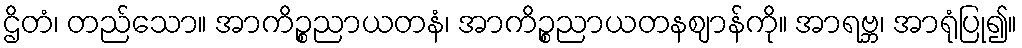
ဌိတံ၊ တည်သော။ အာကိဉ္စညာယတနံ၊ အာကိဉ္စညာယတနဈာန်ကို။ အာရဗ္ဘ၊ အာရုံပြု၍။